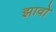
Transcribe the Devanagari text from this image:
झावो